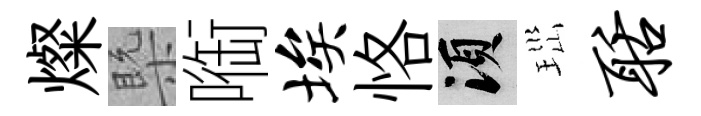
燦槩㗸埃恪須𤤼聒